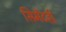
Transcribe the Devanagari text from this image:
सिमेंटही